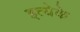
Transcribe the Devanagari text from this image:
इत्येके